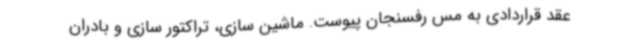
عقد قراردادی به مس رفسنجان پیوست. ماشین سازی، تراکتور سازی و بادران